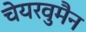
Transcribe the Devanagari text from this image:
चेयरवुमैन